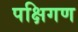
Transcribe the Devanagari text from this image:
पक्षिगण